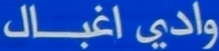
وادياغبـال